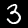
Digit: 3